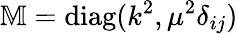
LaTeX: \mathbb{M}=\textrm{diag}(k^{2},\mu^{2}\delta_{ij})